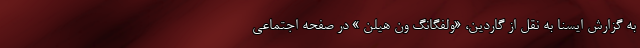
به گزارش ایسنا به نقل از گاردین، «ولفگانگ ون هیلن » در صفحه اجتماعی